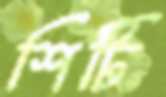
শিটি